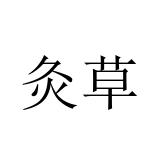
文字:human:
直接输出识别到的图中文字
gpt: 灸草